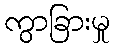
ကွာခြားမှု